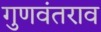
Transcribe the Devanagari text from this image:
गुणवंतराव